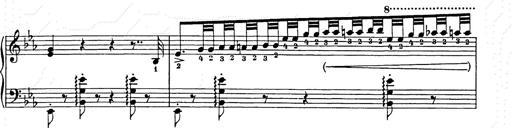
Title: Hungarian Rhapsody No.9
Composer: Franz Liszt
Key: E-flat major